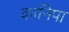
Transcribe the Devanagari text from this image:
कानिपा